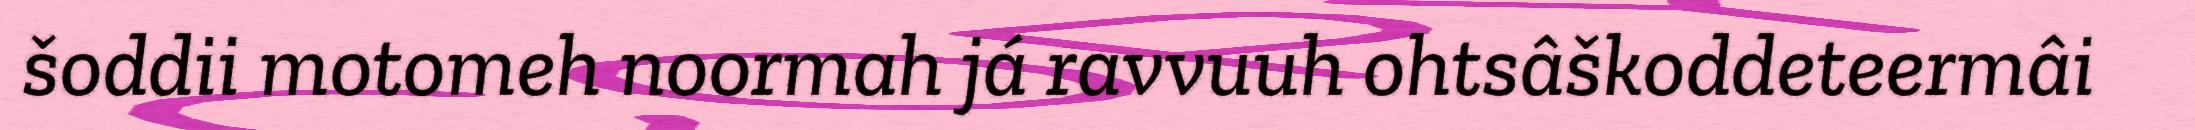
šoddii motomeh noormah já ravvuuh ohtsâškoddeteermâi